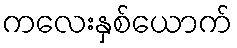
ကလေးနှစ်ယောက်